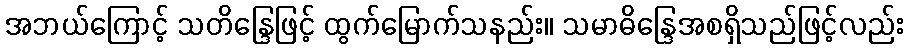
အဘယ်ကြောင့် သတိန္ဒြေဖြင့် ထွက်မြောက်သနည်း။ သမာဓိန္ဒြေအစရှိသည်ဖြင့်လည်း